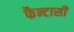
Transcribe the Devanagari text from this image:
फैन्टासी